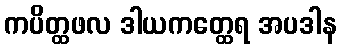
ကပိတ္ထဖလ ဒါယကတ္ထေရ အပဒါန